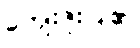
ကျေးဇူးပြု၏